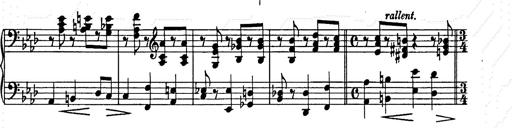
Title: Weinen, Klagen, Sorgen, Zagen
Composer: Franz Liszt